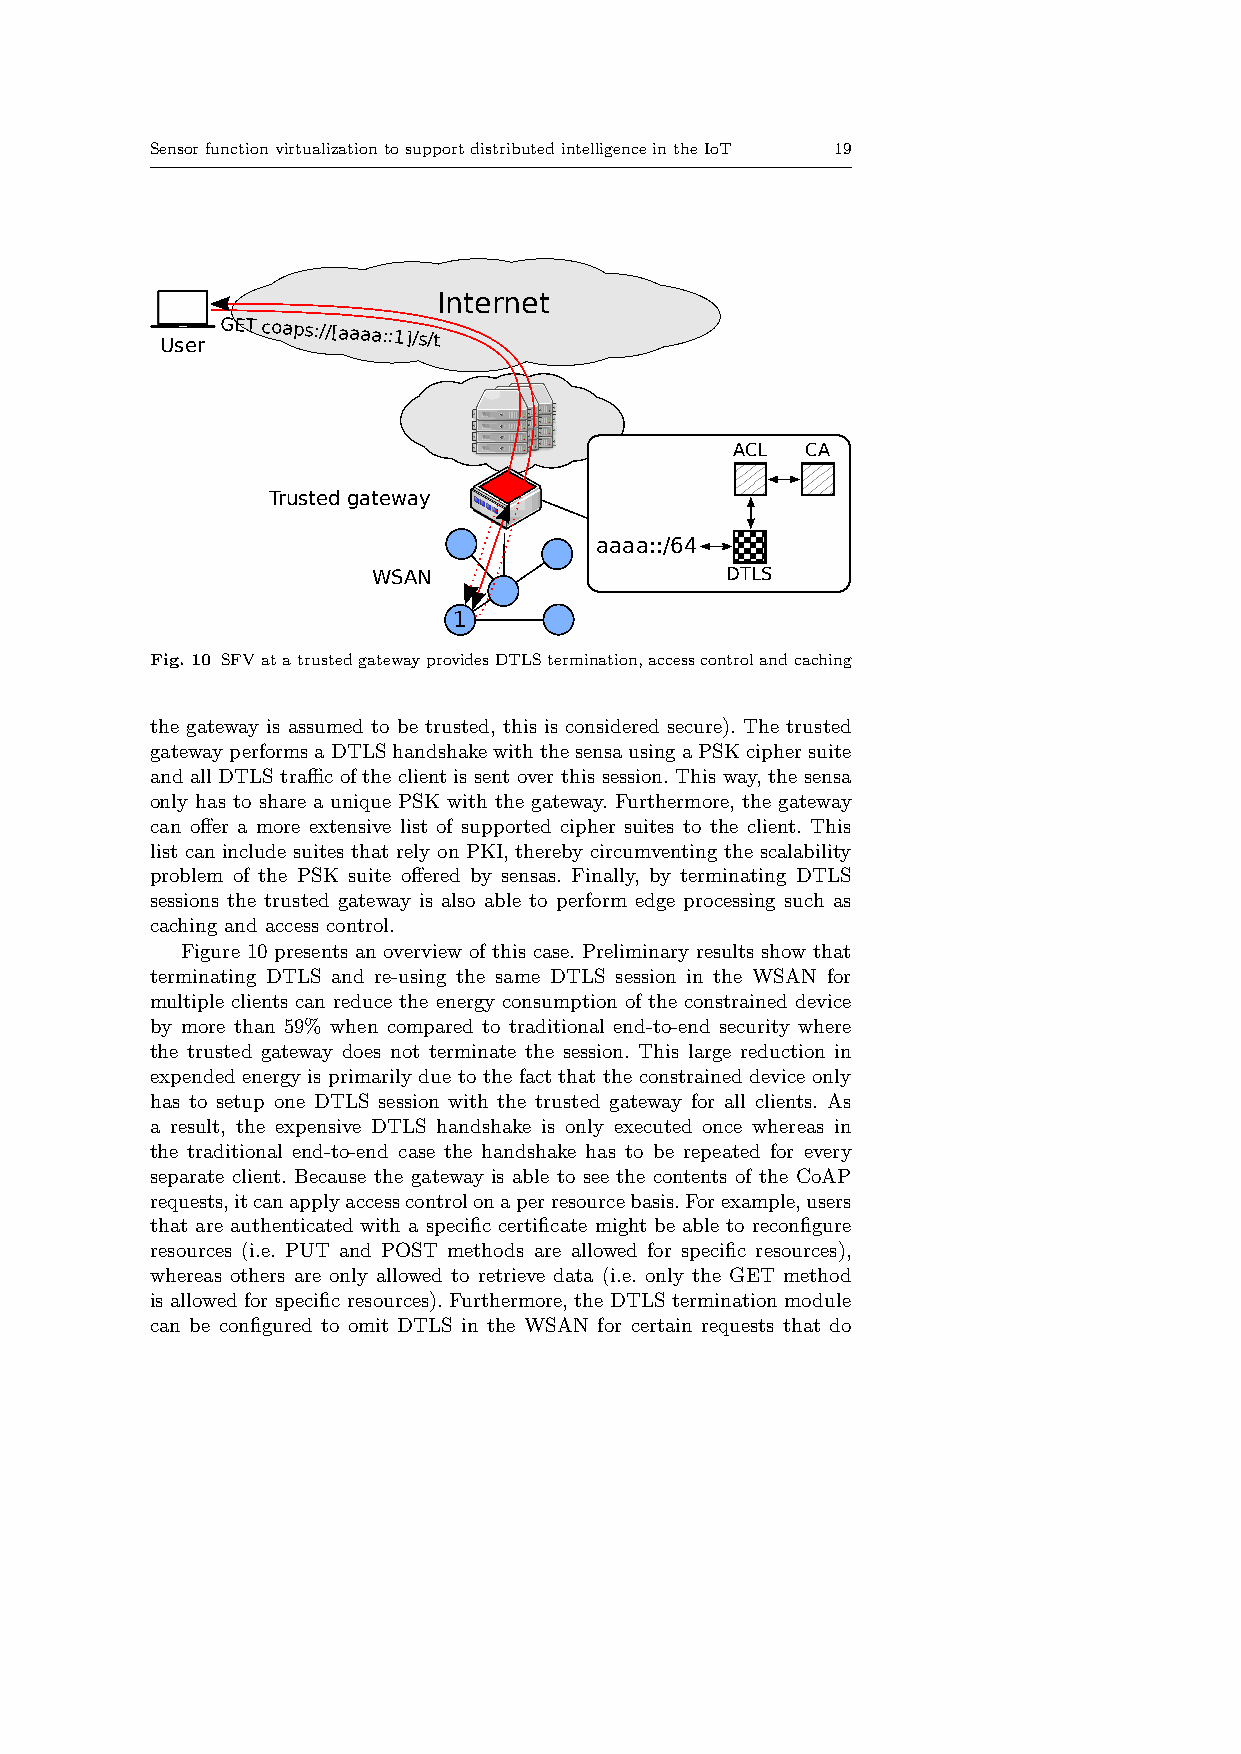
SensorfunctionvirtualizationtosupportdistributedintelligenceintheIoT 19
 Internet
 User
 GET coaps://[aaaa::1]/s/t
 ACL  CA
 Trusted gateway
 aaaa::/64
 WSAN                   DTLS
 1
 Fig. 10 SFVatatrustedgatewayprovidesDTLStermination,accesscontrolandcaching
 the gateway is assumed to be trusted, this is considered secure). The trusted
 gatewayperformsaDTLShandshakewiththesensausingaPSKciphersuite
 and all DTLS traffic of the client is sent over this session. This way, the sensa
 only has to share a unique PSK with the gateway. Furthermore, the gateway
 can offer a more extensive list of supported cipher suites to the client. This
 list can include suites that rely on PKI, thereby circumventing the scalability
 problem of the PSK suite offered by sensas. Finally, by terminating DTLS
 sessions the trusted gateway is also able to perform edge processing such as
 caching and access control.
 Figure 10 presents an overview of this case. Preliminary results show that
 terminating DTLS and re-using the same DTLS session in the WSAN for
 multiple clients can reduce the energy consumption of the constrained device
 by more than 59% when compared to traditional end-to-end security where
 the trusted gateway does not terminate the session. This large reduction in
 expended energy is primarily due to the fact that the constrained device only
 has to setup one DTLS session with the trusted gateway for all clients. As
 a result, the expensive DTLS handshake is only executed once whereas in
 the traditional end-to-end case the handshake has to be repeated for every
 separate client. Because the gateway is able to see the contents of the CoAP
 requests,itcanapplyaccesscontrolonaperresourcebasis.Forexample,users
 that are authenticated with a specific certificate might be able to reconfigure
 resources (i.e. PUT and POST methods are allowed for specific resources),
 whereas others are only allowed to retrieve data (i.e. only the GET method
 is allowed for specific resources). Furthermore, the DTLS termination module
 can be configured to omit DTLS in the WSAN for certain requests that do